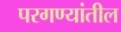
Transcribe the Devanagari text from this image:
परगण्यांतील